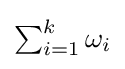
{\textstyle \sum _{i=1}^{k}\omega _{i}}